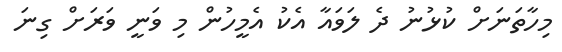
މިހާތަނަށް ކުޅުނު ދެ ލަވައާ އެކު އެމީހުން މި ވަނީ ވަރަށް ގިނަ